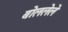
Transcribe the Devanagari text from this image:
बोललेले